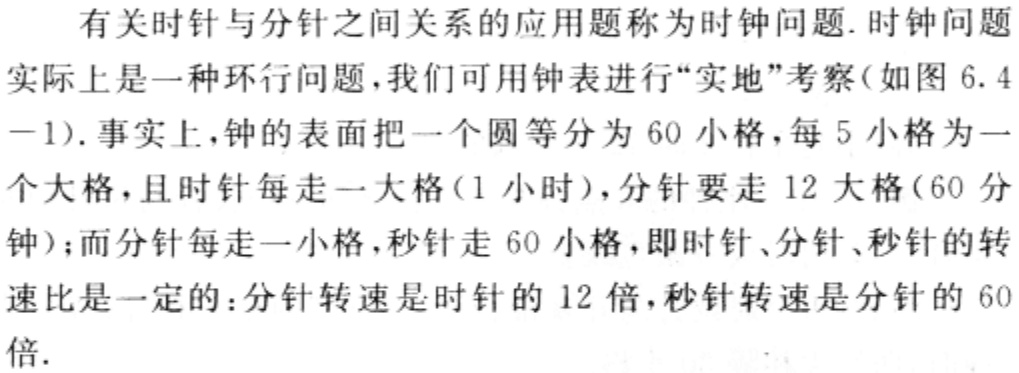
有关时针与分针之间关系的应用题称为时钟问题. 时钟问题实际上是一种环行问题,我们可用钟表进行“实地”考察(如图 6.4 -1). 事实上,钟的表面把一个圆等分为 60 小格,每 5 小格为一个大格,且时针每走一大格(1 小时),分针要走 12 大格(60 分钟);而分针每走一小格,秒针走 60 小格,即时针、分针、秒针的转速比是一定的: 分针转速是时针的 12 倍,秒针转速是分针的 60 倍.